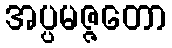
အပ္ပမဇ္ဇတော